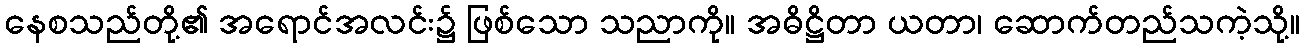
နေစသည်တို့၏ အရောင်အလင်း၌ ဖြစ်သော သညာကို။ အဓိဋ္ဌိတာ ယတာ၊ ဆောက်တည်သကဲ့သို့။